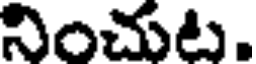
నించుట.